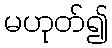
မဟုတ်၍